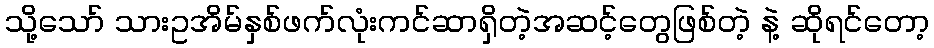
သို့သော် သားဥအိမ်နှစ်ဖက်လုံးကင်ဆာရှိတဲ့အဆင့်တွေဖြစ်တဲ့ နဲ့ ဆိုရင်တော့